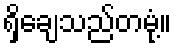
ရှိချေသည်တမုံ့။